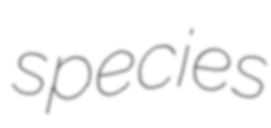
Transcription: species